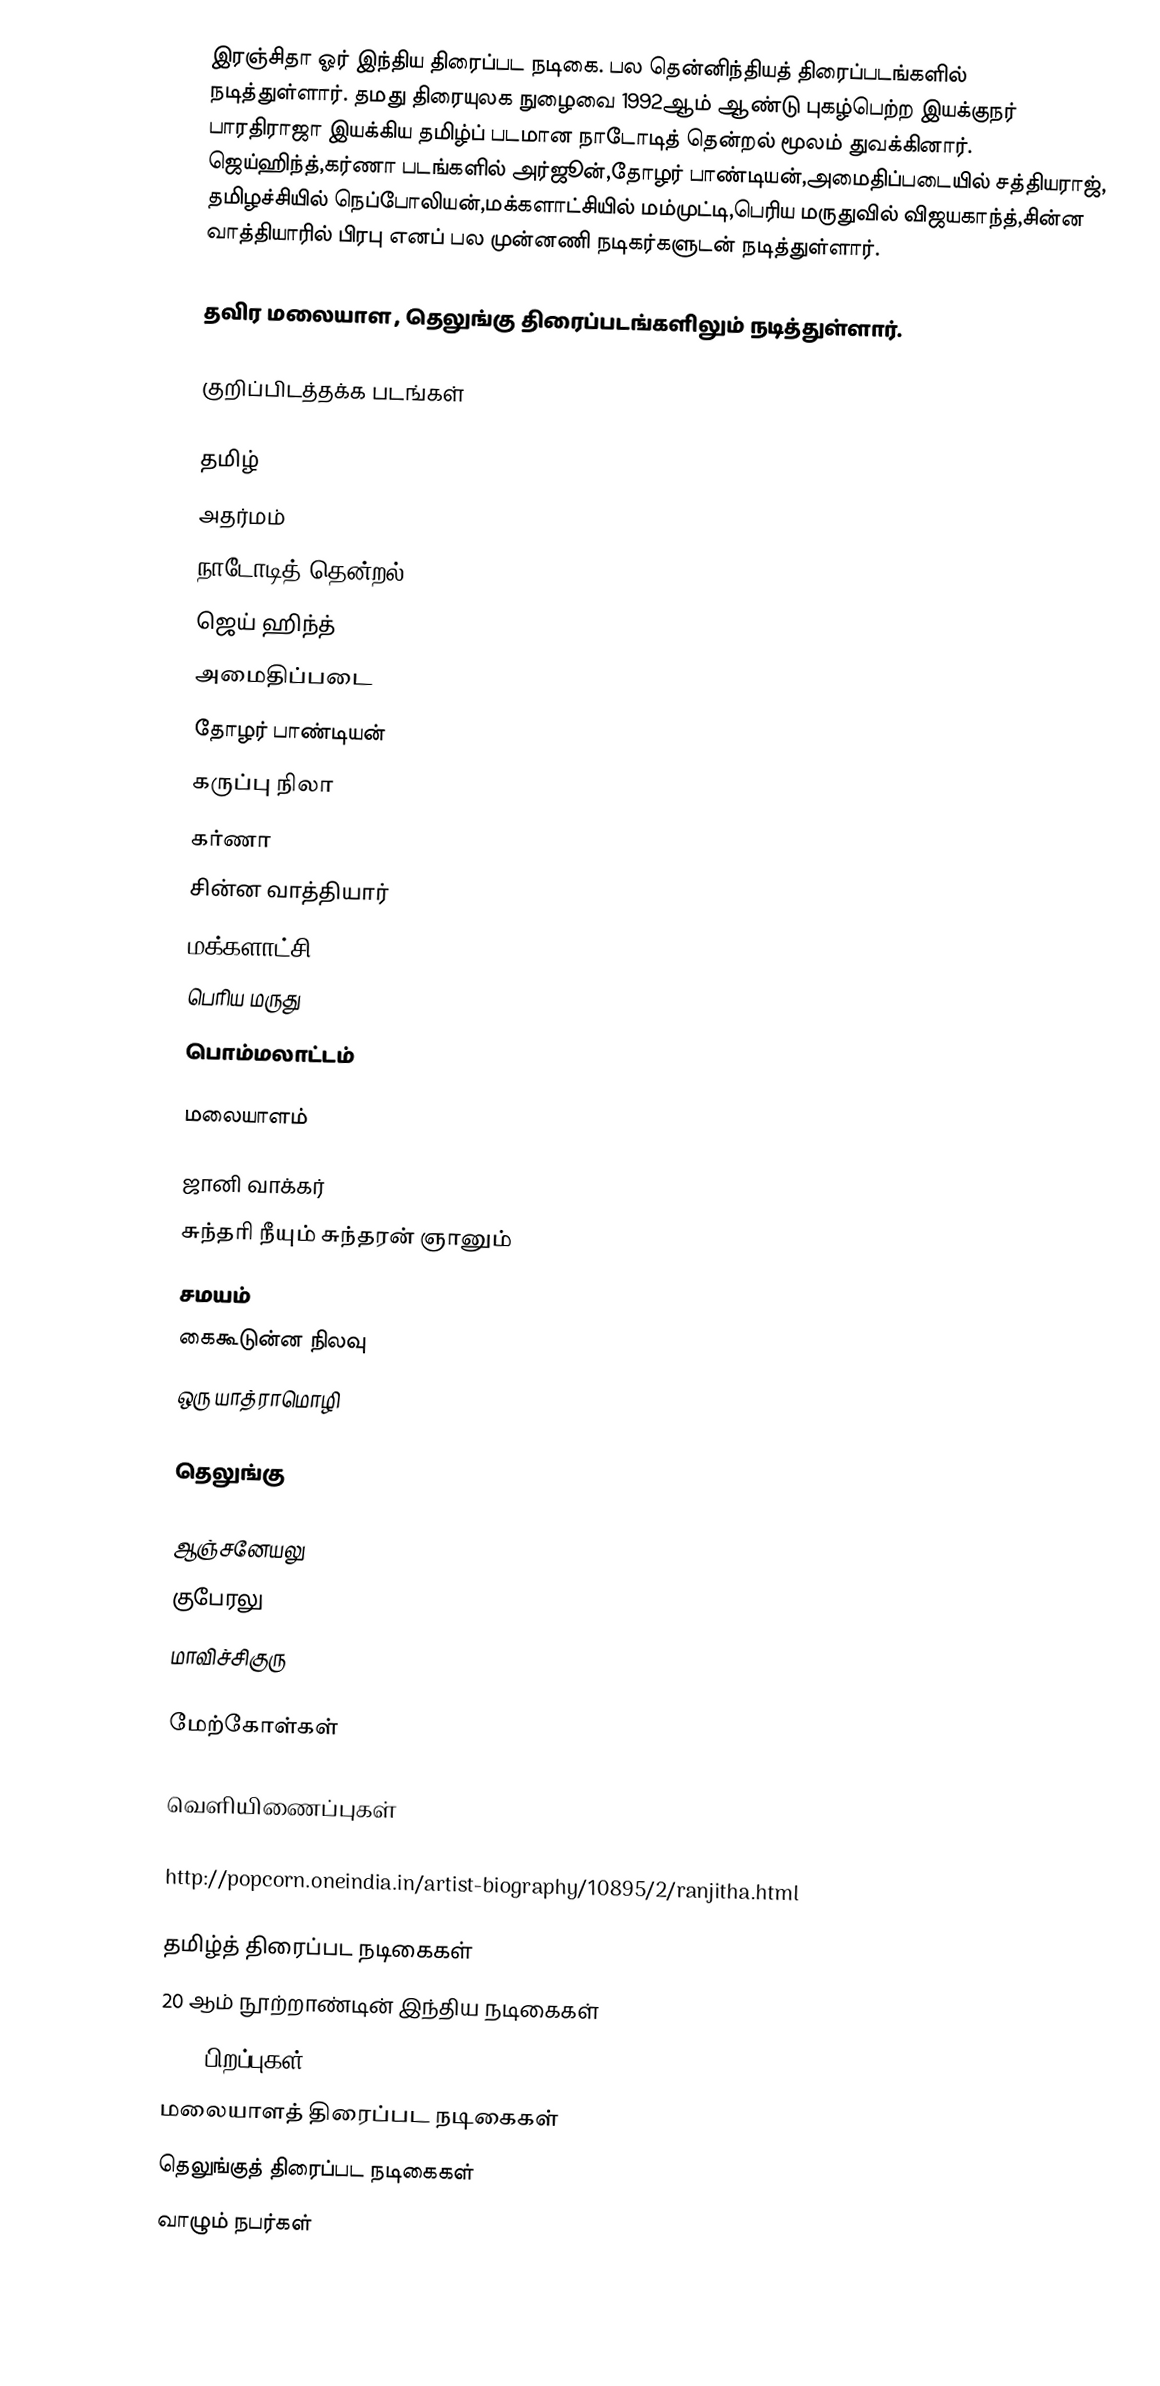
இரஞ்சிதா ஓர் இந்திய திரைப்பட நடிகை. பல தென்னிந்தியத் திரைப்படங்களில் நடித்துள்ளார்.  தமது திரையுலக நுழைவை 1992ஆம் ஆண்டு புகழ்பெற்ற இயக்குநர் பாரதிராஜா இயக்கிய தமிழ்ப் படமான நாடோடித் தென்றல் மூலம் துவக்கினார். ஜெய்ஹிந்த்,கர்ணா படங்களில் அர்ஜூன்,தோழர் பாண்டியன்,அமைதிப்படையில் சத்தியராஜ், தமிழச்சியில் நெப்போலியன்,மக்களாட்சியில் மம்முட்டி,பெரிய மருதுவில் விஜயகாந்த்,சின்ன வாத்தியாரில் பிரபு எனப்  பல முன்னணி நடிகர்களுடன்  நடித்துள்ளார்.

தவிர மலையாள , தெலுங்கு திரைப்படங்களிலும் நடித்துள்ளார்.

குறிப்பிடத்தக்க படங்கள்

தமிழ்
 அதர்மம்
 நாடோடித் தென்றல்
 ஜெய் ஹிந்த்
 அமைதிப்படை
 தோழர் பாண்டியன்
  கருப்பு நிலா
 கர்ணா
 சின்ன வாத்தியார்
 மக்களாட்சி
 பெரிய மருது
 பொம்மலாட்டம்

மலையாளம்

 ஜானி வாக்கர்
 சுந்தரி நீயும் சுந்தரன் ஞானும்
 சமயம்
 கைகூடுன்ன நிலவு
  ஒரு யாத்ராமொழி

தெலுங்கு

 ஆஞ்சனேயலு
 குபேரலு
 மாவிச்சிகுரு

மேற்கோள்கள்

வெளியிணைப்புகள்

http://popcorn.oneindia.in/artist-biography/10895/2/ranjitha.html

தமிழ்த் திரைப்பட நடிகைகள்
20 ஆம் நூற்றாண்டின் இந்திய நடிகைகள்
1975 பிறப்புகள்
மலையாளத் திரைப்பட நடிகைகள்
தெலுங்குத் திரைப்பட நடிகைகள்
வாழும் நபர்கள்